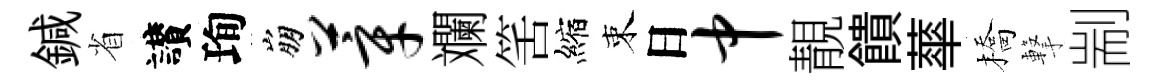
鍼省讃珣崩莘斕筈縮束日中靚饋蕐橋撃剬